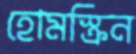
হোমস্ক্রিন